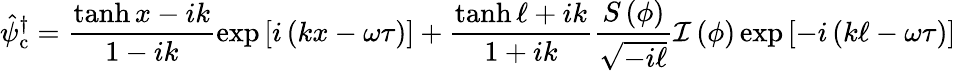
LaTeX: \hat{\psi}_{\mathrm{c}}^{\dagger}=\frac{\operatorname{tanh}x-ik}{1-ik}\exp{[i\left(kx-\omega\tau\right)]}+\frac{\operatorname{tanh}\ell+ik}{1+ik}\frac{S\left(\phi\right)}{\sqrt{-i\ell}}\mathcal{I}\left(\phi\right)\exp{[-i\left(k\ell-\omega\tau\right)]}